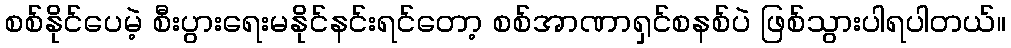
စစ်နိုင်ပေမဲ့ စီးပွားရေးမနိုင်နင်းရင်တော့ စစ်အာဏာရှင်စနစ်ပဲ ဖြစ်သွားပါရပါတယ်။